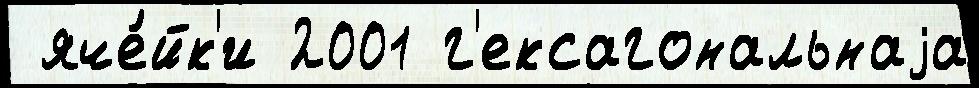
 яче́йк'и 2001 г'ексагональнаjа